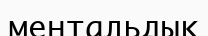
ментальдық